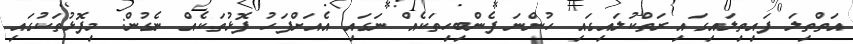
އަތްތިލަ ފައިތިލައިގައި ރަތްކުލައިގައި ހުންނަ ފެންބިހިތަކެއް ނަގައި އެއަށްފަހު ފޮޅުތަކެއް ނެގުން: މިފޮޅުތަކުގައި